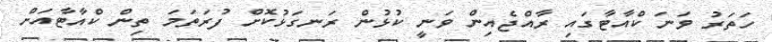
ހަތަރު ވަނަ ކްއާޓާގައި ރާއްޖެއިން ވަނީ ކުޅުން ރަނގަޅުކޮށް ފުރަތަމަ ތިން ކްއާޓާއަށް